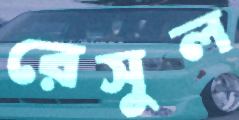
রেসুল